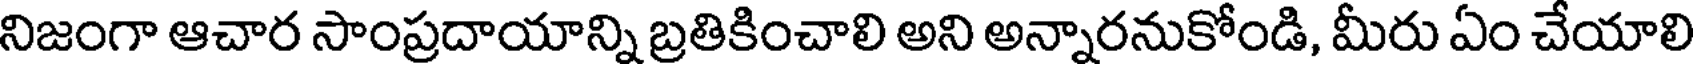
నిజంగా ఆచార సాంప్రదాయాన్ని బ్రతికించాలి అని అన్నారనుకోండి, మీరు ఏం చేయాలి